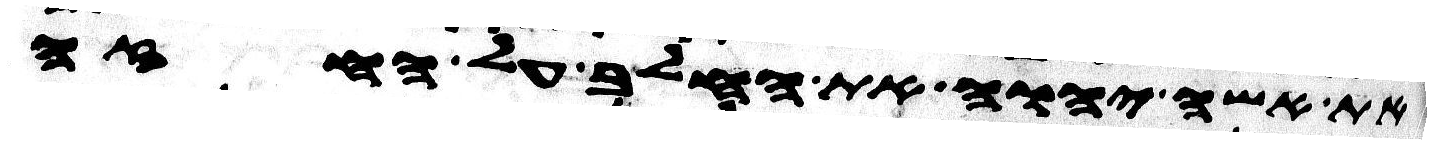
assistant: את אשי יהוה את החלב על החזה